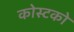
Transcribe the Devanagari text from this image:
कोस्‍टको